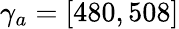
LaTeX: \gamma_{a}=[480,508]